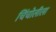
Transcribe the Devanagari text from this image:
चिंचोलीला